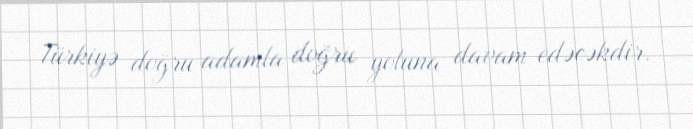
Türkiyə doğru adamla doğru yoluna davam edəcəkdir.